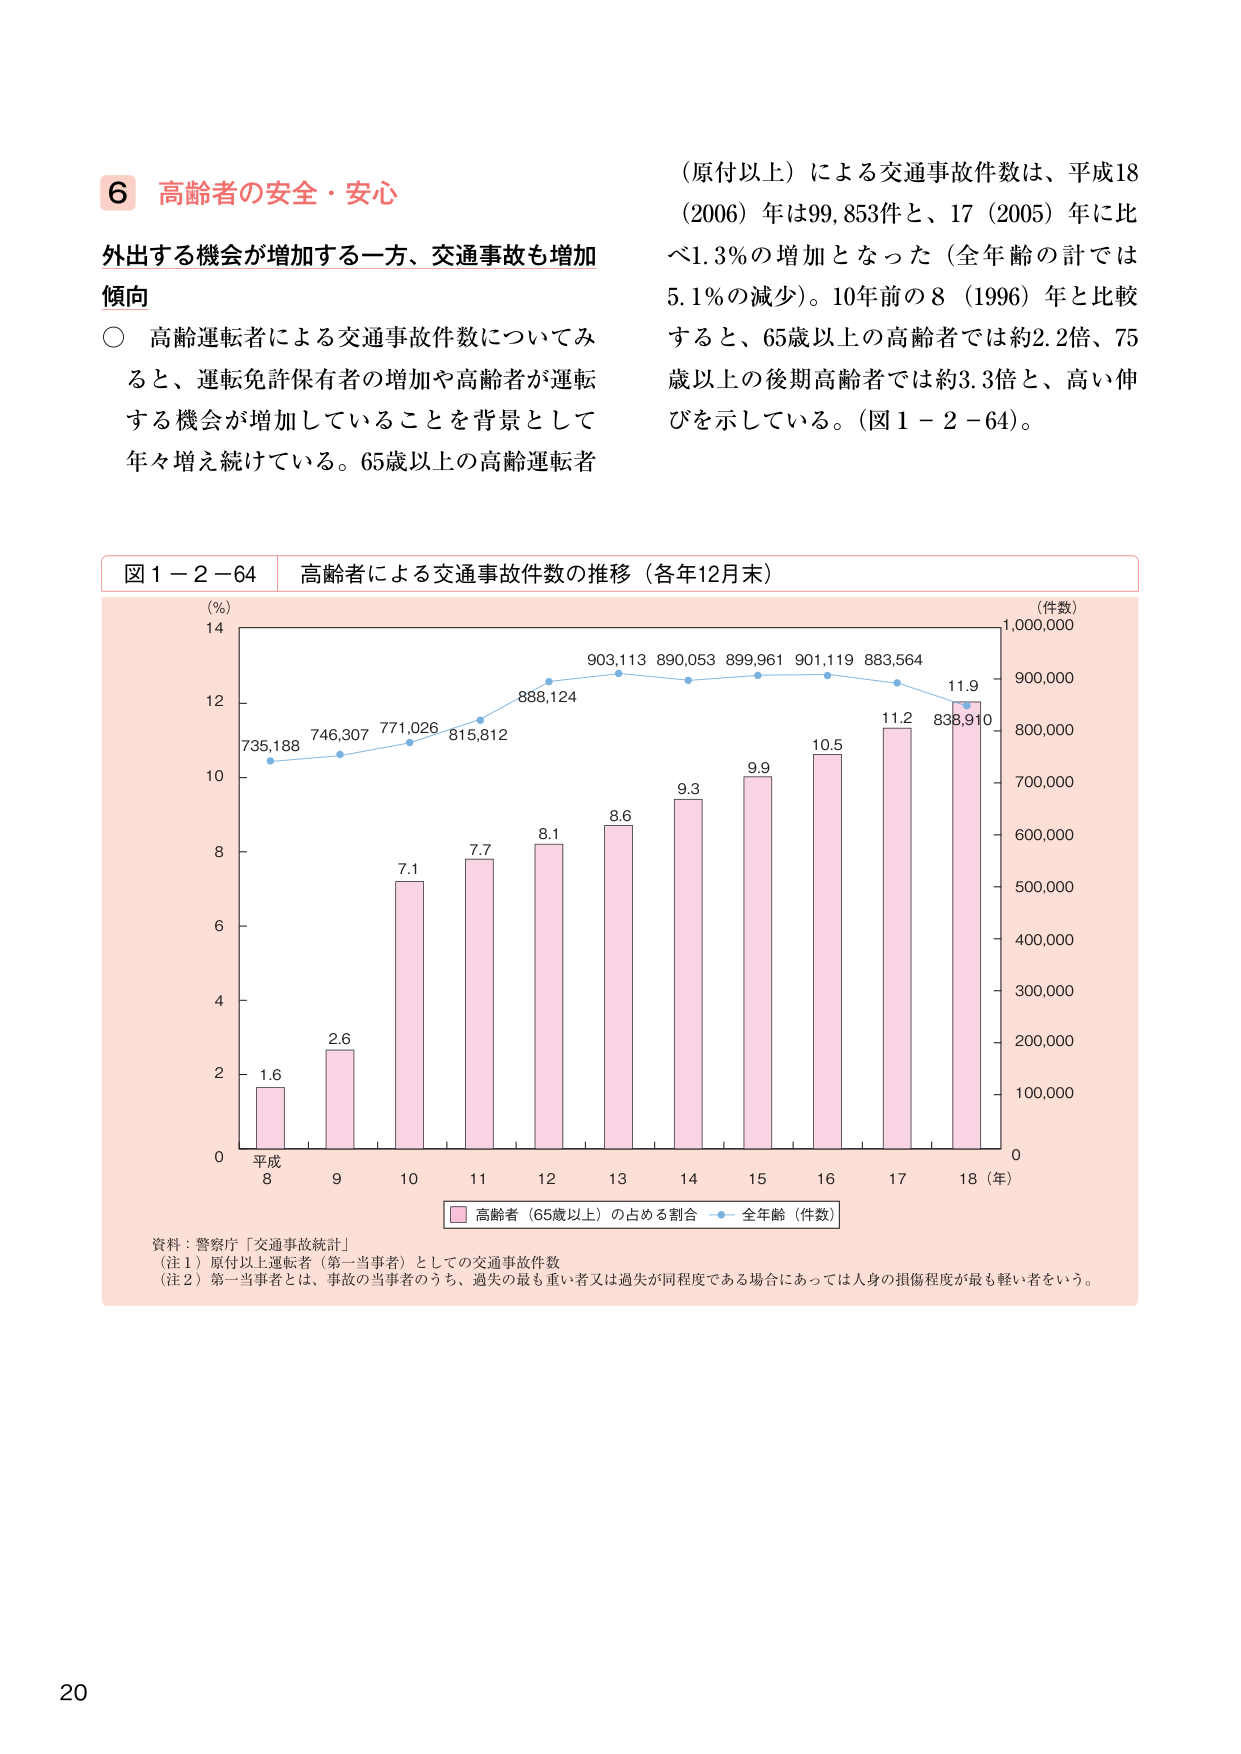
6 高齢者の安全・安心

外出する機会が増加する一方、交通事故も増加傾向

○ 高齢運転者による交通事故件数についてみると、運転免許保有者の増加や高齢者が運転する機会が増加していることを背景として年々増え続けている。65歳以上の高齢運転者

（原付以上）による交通事故件数は、平成18（2006）年は99,853件と、17（2005）年に比べ1.3％の増加となった（全年齢の計では5.1％の減少）。10年前の8（1996）年と比較すると、65歳以上の高齢者では約2.2倍、75歳以上の後期高齢者では約3.3倍と、高い伸びを示している。（図1－2－64）。

図1－2－64 高齢者による交通事故件数の推移（各年12月末）

（％）
14
12
10
8
6
4
2
0

平成
8
9
10
11
12
13
14
15
16
17
18（年）

735,188
746,307
771,026
815,812
888,124
903,113
890,053
899,961
901,119
883,564
838,910

1.6
2.6
7.1
7.7
8.1
8.6
9.3
9.9
10.5
11.2
11.9

（件数）
1,000,000
900,000
800,000
700,000
600,000
500,000
400,000
300,000
200,000
100,000
0

■ 高齢者（65歳以上）の占める割合
○ 全年齢（件数）

資料：警察庁「交通事故統計」
（注1）原付以上運転者（第一当事者）としての交通事故件数
（注2）第一当事者とは、事故の当事者のうち、過失の最も重い者又は過失が同程度である場合にあっては人身の損傷程度が最も軽い者をいう。

20